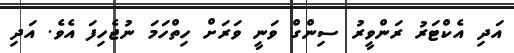
އަދި އެކްޓަރު ރަންވީރު ސިންގް ވަނީ ވަރަށް ހިތްހަމަ ނުޖެހިފަ އެވެ. އަދި